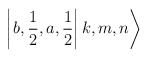
\begin{align*}\left| \left. b,\frac{1}{2},a,\frac{1}{2}\right| k,m,n\right\rangle\end{align*}